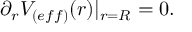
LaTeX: \partial _ { r } V _ { ( e f f ) } ( r ) | _ { r = R } = 0 .